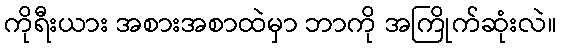
ကိုရီးယား အစားအစာထဲမှာ ဘာကို အကြိုက်ဆုံးလဲ။